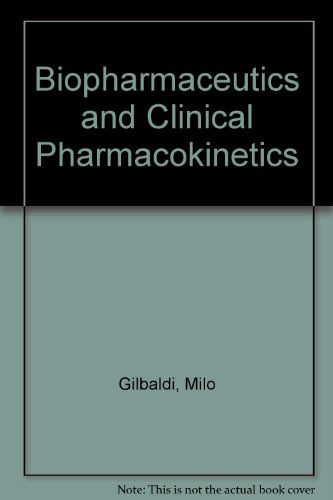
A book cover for Biopharmaceutics and Clinical Pharmacokinetics; Milo Gibaldi; Medical Books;